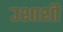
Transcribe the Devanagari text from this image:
उशाशी